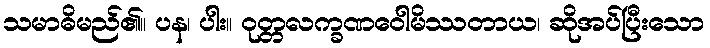
သမာဓိမည်၏။ ပန၊ ပါး။ ဝုတ္တလက္ခဏဝေါမိဿတာယ၊ ဆိုအပ်ပြီးသော